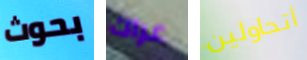
بحوث عراك أتحاولين